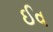
ઈવ